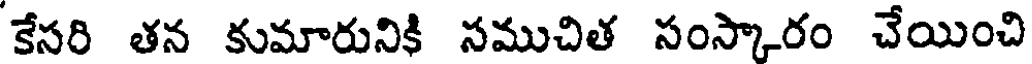
కేసరి తన కుమారునికి సముచిత సంస్కారం చేయించి